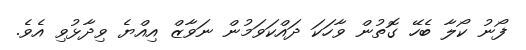
ފޯނު ކޯލާ ބެހޭ ގޮތުން ވާހަކަ ދައްކަވަމުން ނަވާޒް އިއްޔެ ވިދާޅުވި އެވެ.